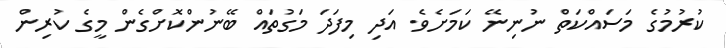
ކުރުމުގެ މަސައްކަތް ނުނިނޭ ކަމަށެވެ. އަދި މިފަދަ މަގުތައް ބޭނުންކޮށްގެން މީގެ ކުރިން